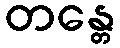
တန္တေ